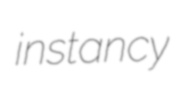
instancy